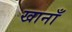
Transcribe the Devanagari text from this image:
खानाँ